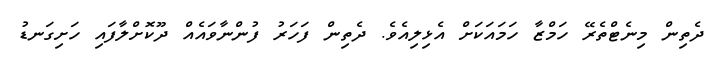
ދެތިން މިނެޓްތެރޭ ހަމްޒާ ހަމައަކަށް އެޅިލިއެވެ. ދެތިން ފަހަރު ފުންނާވައެއް ދޫކޮށްލާފައި ހަށިގަނޑު